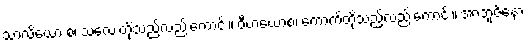
သာလိယော စ၊ သလေးတို့သည်လည်းကောင်း။ ဝီဟယောစ၊ ကောက်တို့သည်လည်းကောင်း။ အာဘူဇိနော